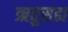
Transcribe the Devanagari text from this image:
ऋतुसह्य